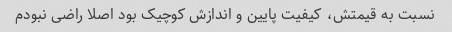
نسبت به قیمتش، کیفیت پایین و اندازش کوچیک بود اصلا راضی نبودم